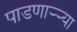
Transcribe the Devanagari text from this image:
पाडणाऱ्र्‍या